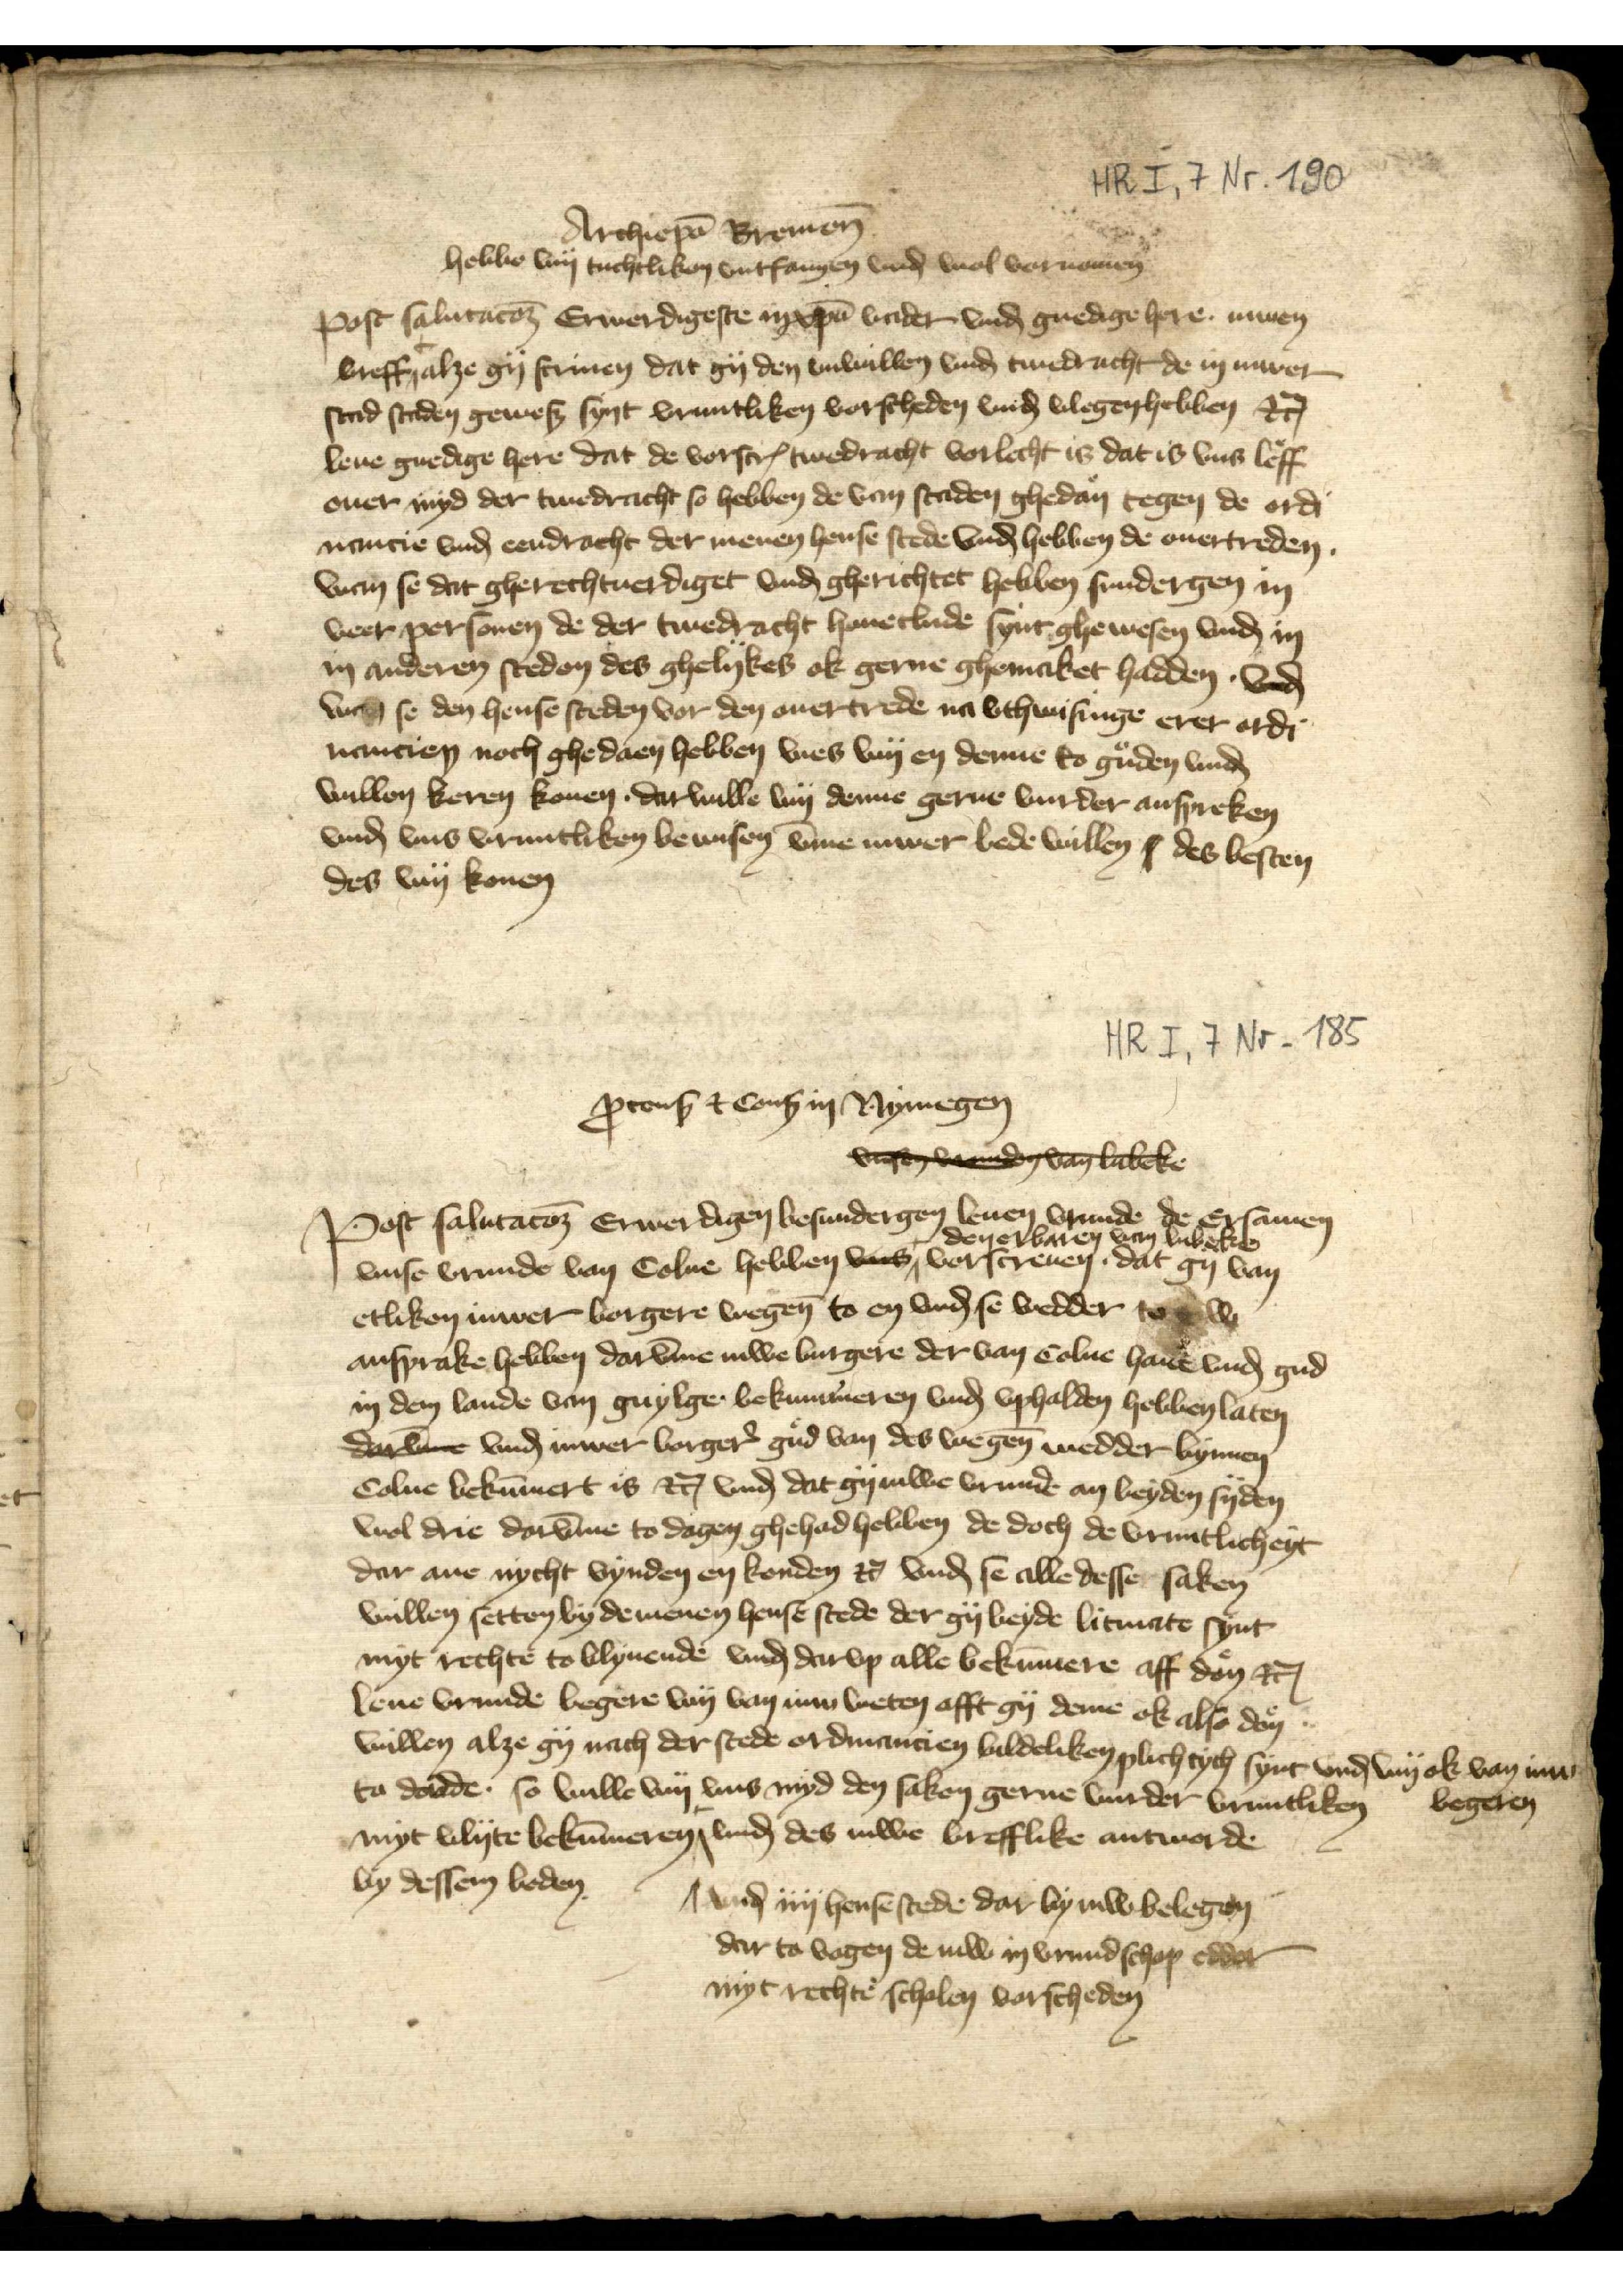
Archipo̧ Bremen̄
hebbe wy tuchtliken vntfangen vnd wol vornomen
Post salutatoꝬ Erwerdigeste in xpa vader vnḑ gnedige here. iuwen
breff alze gy scriuen dat gy den vnwillen vnḑ twedracht de in iuwer
stad staden geweß synt vruntliken vorscheden vnḑ vlegenhebben etꝬ
leue gnedige here dat de vorscrꝬ twedracht vorlecht is dat is vns leff
ouer myd der twedracht so hebben de van Staden ghedan tegen de ordi¬
nancie vnḑ eendracht der menen hense stede vnḑ hebben de ouertreden.
Wan se dat gherechtuerdiget vnḑ gherichtet hebben sundergen in
veer personen de der twedracht houetlude synt ghewesen vnḑ in
in anderen steden des ghelykes ok gerne ghemaket hadden. vnd
vnd se den hense steden vor den ouertrede na vthwisinge erer ordi¬
nancien noch ghedaen hebben wes wy en denne to guden vnḑ
willen keren konen. darwille wy denne gerne vurder anspreken
vnḑ vns vruntliken bewisen v̄me iuwer bede wilen s des besten
des wy konen

ꝑconß + Conß in Nymegen
vnsen vrunden van Lubeke
Post salutatoꝬ Erwerdigen besundergen leuen vrunde de Ersamen
vnse vrunde van Colne hebben vns den erbaren van Lubeke vorscreuen, dat gy van
etliken iuwer borgere wegen̄ to en vnḑ se wedder to iw
ansprake hebben darv̄me iuwe burgere der van Colne haue vnḑ gud
in dem lande van Guylge bekummeren vnḑ vpholden hebben laten
darvme vnḑ van iuwer borger̉ gud van des wegen̄ wedder bynnen
Colne bekūmert is etꝬ vnḑ dat gy iuwer vrunde an beyden syden
wol die darv̄me to dagen ghehad hebben de doch de vruntlicheyt
dar ane nycht vynden en konden etꝬ vnḑ se alle desse saken
willen setten by de menen hense stede der gy beyde litmate synt
myt rechte to blyuende vnḑ darvp alle bekūmere aff don etꝬ
leue vrunde legere wy van iuw weten offt gy deme ok also don
willen alze gy nach der stede ordiancien bildeliken plichtych synt vnḑ wy ok van iuw begeren
to donde so wille wy vns myd den saken gerne vurder vruntliken
myt vlyte bekūmeren
vnd iiij hense stede dar by iuw belegen
dar to vogen de iuw in vrundschop edder
myt rechte scholen vorscheden
vnḑ des iuwe brefflike antworde
by dessen beden